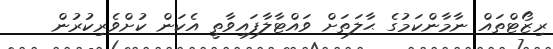
ރިޒޯޓްތައް ނާމާންކަމުގެ ޙާލަތަށް ވައްޓާލާފައިވާތީ އެކަން ކުށްވެރިކުރުން